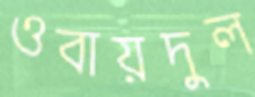
ওবায়দুল